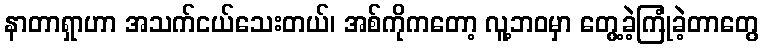
နာတာရှာဟာ အသက်ငယ်သေးတယ်၊ အစ်ကိုကတော့ လူ့ဘဝမှာ တွေ့ခဲ့ကြုံခဲ့တာတွေ